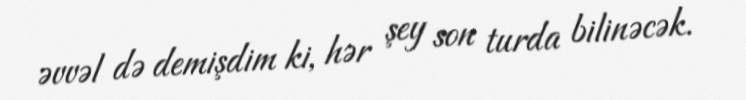
əvvəl də demişdim ki, hər şey son turda bilinəcək.